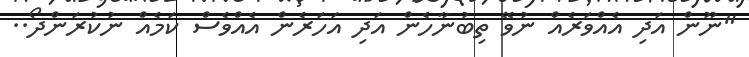
"ނޫން އަދި އެއްވަރެއް ނުވޭ ތިބުނާހެން އަދި އަހަރެން އެއްވެސް ކަމެއް ނުކުރަންދޯ..